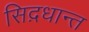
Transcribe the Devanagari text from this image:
सिद़धान्‍त